Civil Veterinary Dept. North-West Frontier Province 1933-46 - 1933-1946
Year: 1933
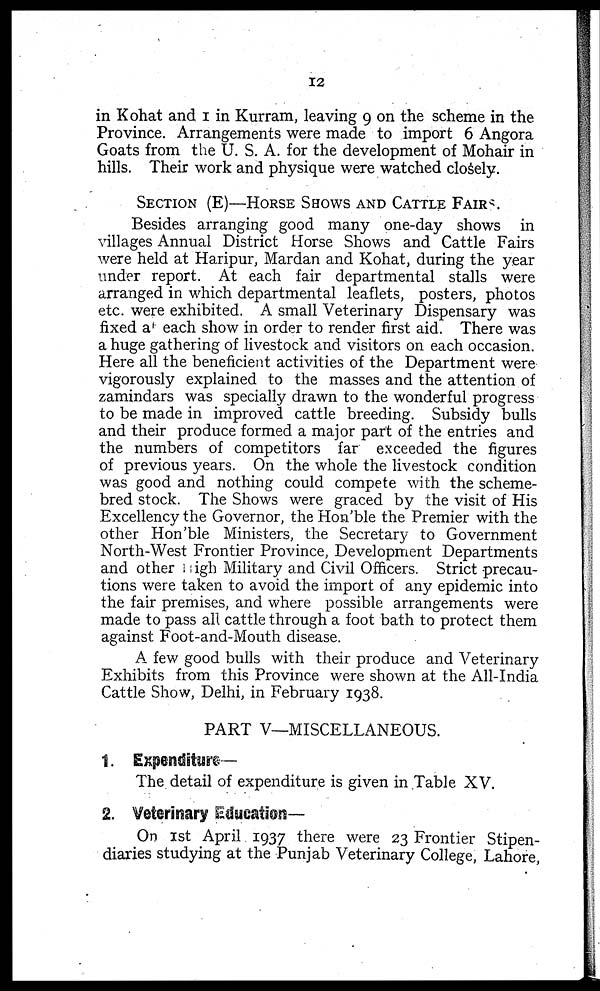
12
in Kohat and 1 in Kurram, leaving 9 on the scheme in the
Province. Arrangements were made to import 6 Angora
Goats from the U. S. A. for the development of Mohair in
hills. Their work and physique were watched closely.
SECTION (E)–HORSE SHOWS AND CATTLE FAIRS.
Besides arranging good many one-day shows in
villages Annual District Horse Shows and Cattle Fairs
were held at Haripur, Mardan and Kohat, during the year
under report. At each fair departmental stalls were
arranged in which departmental leaflets, posters, photos
etc. were exhibited. A small Veterinary Dispensary was
fixed at each show in order to render first aid. There was
a huge gathering of livestock and visitors on each occasion.
Here all the beneficient activities of the Department were
vigorously explained to the masses and the attention of
zamindars was specially drawn to the wonderful progress
to be made in improved cattle breeding. Subsidy bulls
and their produce formed a major part of the entries and
the numbers of competitors far exceeded the figures
of previous years. On the whole the livestock condition
was good and nothing could compete with the scheme-
bred stock. The Shows were graced by the visit of His
Excellency the Governor, the Hon'ble the Premier with the
other Hon'ble Ministers, the Secretary to Government
North-West Frontier Province, Development Departments
and other High Military and Civil Officers. Strict precau-
tions were taken to avoid the import of any epidemic into
the fair premises, and where possible arrangements were
made to pass all cattle through a foot bath to protect them
against Foot-and-Mouth disease.
A few good bulls with their produce and Veterinary
Exhibits from this Province were shown at the All-India
Cattle Show, Delhi, in February 1938.
PART V—MISCELLANEOUS.
1. Expenditure—
The detail of expenditure is given in Table XV.
2. Veterinary Education—
On 1st April 1937 there were 23 Frontier Stipen-
diaries studying at the Punjab Veterinary College, Lahore,